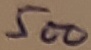
Text: 500